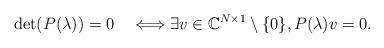
LaTeX: \begin{align*}\det(P(\lambda)) = 0 \quad\Longleftrightarrow\exists v\in \mathbb{C}^{N\times 1}\setminus\{0\},P(\lambda)v = 0. \end{align*}